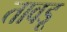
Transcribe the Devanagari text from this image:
तावड़ू